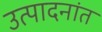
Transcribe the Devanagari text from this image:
उत्पादनांत